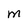
Character: M